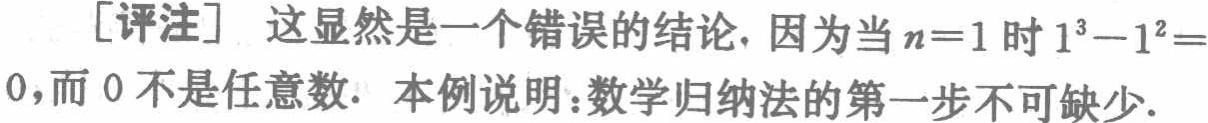
[评注] 这显然是一个错误的结论. 因为当 \(n = 1\) 时 \(1^{3}-1^{2}=0\), 而 \(0\) 不是任意数. 本例说明：数学归纳法的第一步不可缺少.